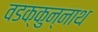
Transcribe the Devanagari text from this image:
वडक्कुन्नाथ